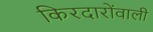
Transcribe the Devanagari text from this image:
किरदारोंवाली